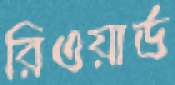
রিওয়ার্ড